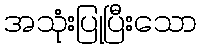
အသုံးပြုပြီးသော